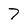
Character: 7